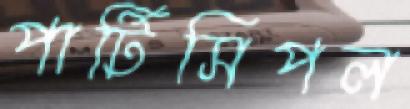
পার্টিসিপল